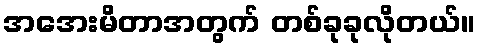
အအေးမိတာအတွက် တစ်ခုခုလိုတယ်။